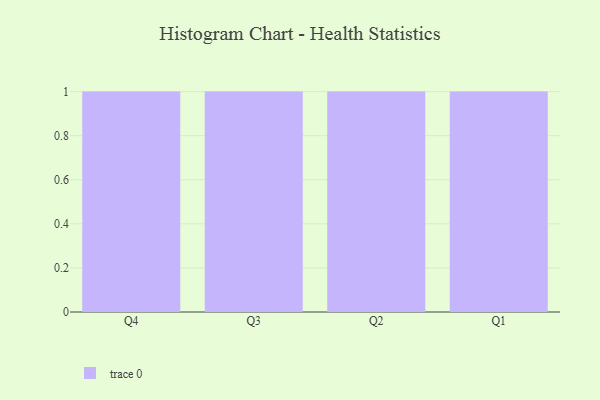
{"axis": {"x": "Quarter", "y": "Inventory Turnover"}, "legend": [""], "data": [{"x": "Q4", "y": 37, "type": ""}, {"x": "Q3", "y": 42, "type": ""}, {"x": "Q2", "y": 42, "type": ""}, {"x": "Q1", "y": 3, "type": ""}]}